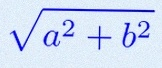
\sqrt{a^2+b^2}